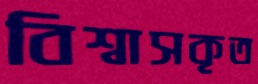
বিশ্বাসকৃত